Subject: eess
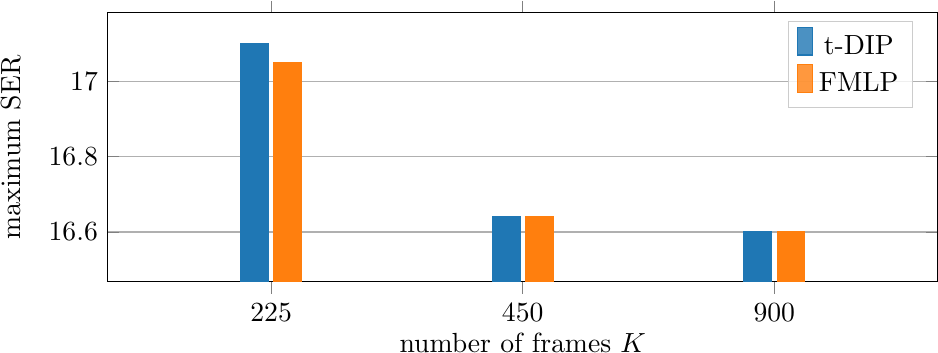
LaTeX code:
\begin{tikzpicture}

\definecolor{crimson2143940}{RGB}{214,39,40}
\definecolor{darkgray176}{RGB}{176,176,176}
\definecolor{darkorange25512714}{RGB}{255,127,14}
\definecolor{forestgreen4416044}{RGB}{44,160,44}
\definecolor{lightgray204}{RGB}{204,204,204}
\definecolor{mediumpurple148103189}{RGB}{148,103,189}
\definecolor{steelblue31119180}{RGB}{31,119,180}

\begin{axis}[
	enlargelimits=0.05,
	legend style={
	    fill opacity=0.8,
        draw opacity=1,
        text opacity=1,
        at={(0.97,0.97)},
        anchor=north east,
        draw=lightgray204},
    ybar,
    legend image code/.code={
        \draw [#1] (0cm,-0.1cm) rectangle (0.2cm,0.25cm); },
    height=5cm,
    width=\linewidth,
    y grid style={darkgray176},
    ylabel={maximum SER},
    xlabel={number of frames $K$},
    ymajorgrids,
    xtick={0,1,2},
    ymin=16.5, ymax=17.15,
    xmin=-0.5, xmax=2.5,
    xticklabels={225, 450, 900}
]
\addplot [fill=steelblue31119180, steelblue31119180]
	coordinates {
	    (0, 17.1)
	    (1, 16.64)
		(2, 16.60)};

\addplot [fill=darkorange25512714, darkorange25512714]
	coordinates {
	    (0, 17.05)
	    (1, 16.64)
		(2, 16.60)};

\legend{t-DIP, FMLP}

\end{axis}

\end{tikzpicture}